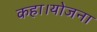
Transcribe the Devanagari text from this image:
कहा।योजना